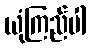
ယုံကြည်ပါ